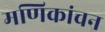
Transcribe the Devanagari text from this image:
मणिकांचन